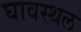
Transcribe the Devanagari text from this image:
घावस्थल